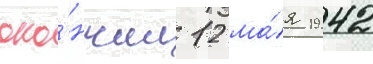
око́нчил 12 ма́я 1942